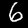
Label: 6